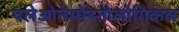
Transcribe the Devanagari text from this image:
पलेओतेम्पेस्तोलोगिकल